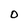
Character: 0